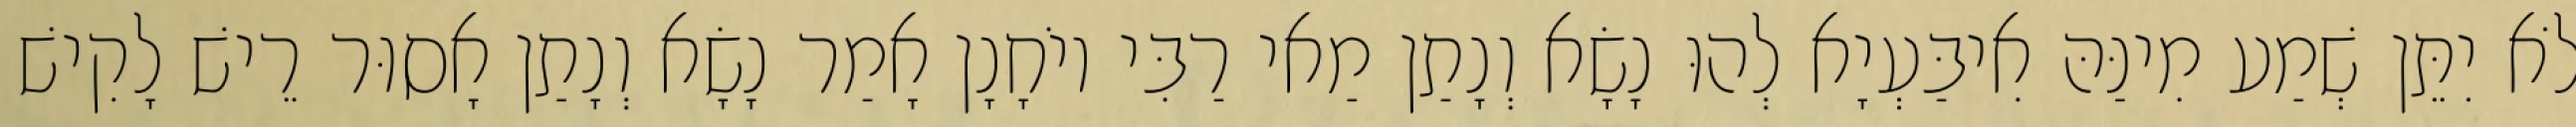
לֹא יִתֵּן שְׁמַע מִינַּהּ אִיבַּעְיָא לְהוּ נָשָׂא וְנָתַן מַאי רַבִּי יוֹחָנָן אָמַר נָשָׂא וְנָתַן אָסוּר רֵישׁ לָקִישׁ